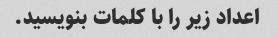
اعداد زیر را با کلمات بنویسید.